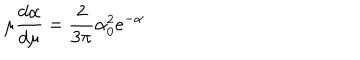
LaTeX: \mu \frac { d \alpha } { d \mu } = \frac { 2 } { 3 \pi } \alpha _ { 0 } ^ { 2 } e ^ { - \alpha }